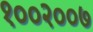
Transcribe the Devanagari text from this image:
१००२००७